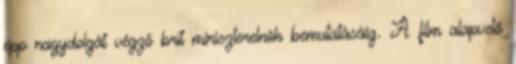
épp nagydolgát végző brit miniszterelnök bemutatásáig. A film alapvető